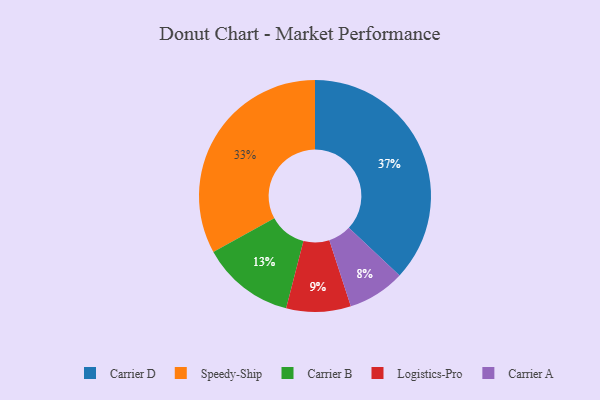
{"axis": {"x": "Category", "y": "Percentage"}, "legend": ["Carrier A", "Carrier B", "Carrier D", "Logistics-Pro", "Speedy-Ship"], "data": [{"x": "Carrier B", "y": 13, "type": "Carrier B"}, {"x": "Speedy-Ship", "y": 33, "type": "Speedy-Ship"}, {"x": "Carrier A", "y": 8, "type": "Carrier A"}, {"x": "Carrier D", "y": 37, "type": "Carrier D"}, {"x": "Logistics-Pro", "y": 9, "type": "Logistics-Pro"}]}